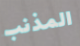
المذنب